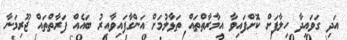
އަދި ގަވައިދާ ހިލާފަށް ކޮށްފައިވާ އިމާރާތްތައް ތަޅާލުމަށް އަންގާފައިވާއިރު ބައެއް ފަރާތްތައް ޖޫރިމަނާ